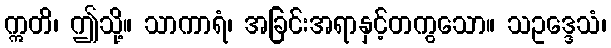
ဣတိ၊ ဤသို့။ သာကာရံ၊ အခြင်းအရာနှင့်တကွသော။ သဥဒ္ဒေသံ၊